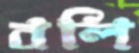
বলি